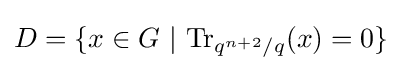
D=\{x\in G~|~{\rm {Tr}}_{q^{n+2}/q}(x)=0\}